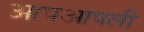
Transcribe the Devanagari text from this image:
आपआपली